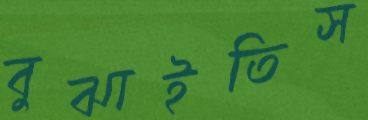
বুঝাইতিস